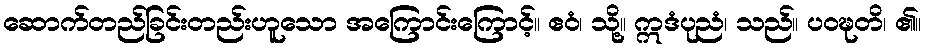
ဆောက်တည်ခြင်းတည်းဟူသော အကြောင်းကြောင့်။ ဧဝံ၊ သို့။ ဣဒံပုညံ၊ သည်။ ပဝဍ္ဎတိ၊ ၏။